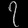
Digit: ၇